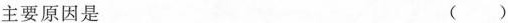
主要原因是 ( )